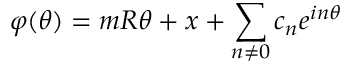
\varphi ( \theta ) = m R \theta + x + \sum _ { n \neq 0 } c _ { n } e ^ { i n \theta }